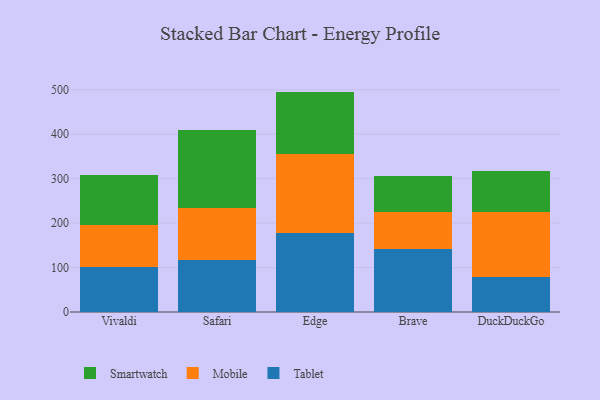
{"axis": {"x": "Browser", "y": "Churn Rate (%)"}, "legend": ["Mobile", "Smartwatch", "Tablet"], "data": [{"x": "Vivaldi", "y": 101.5, "type": "Tablet"}, {"x": "Vivaldi", "y": 94.5, "type": "Mobile"}, {"x": "Vivaldi", "y": 111.9, "type": "Smartwatch"}, {"x": "Safari", "y": 116.5, "type": "Tablet"}, {"x": "Safari", "y": 117.7, "type": "Mobile"}, {"x": "Safari", "y": 176.0, "type": "Smartwatch"}, {"x": "Edge", "y": 177.7, "type": "Tablet"}, {"x": "Edge", "y": 178.2, "type": "Mobile"}, {"x": "Edge", "y": 139.8, "type": "Smartwatch"}, {"x": "Brave", "y": 140.8, "type": "Tablet"}, {"x": "Brave", "y": 83.5, "type": "Mobile"}, {"x": "Brave", "y": 81.2, "type": "Smartwatch"}, {"x": "DuckDuckGo", "y": 78.4, "type": "Tablet"}, {"x": "DuckDuckGo", "y": 146.3, "type": "Mobile"}, {"x": "DuckDuckGo", "y": 92.9, "type": "Smartwatch"}]}